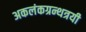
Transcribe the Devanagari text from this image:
अकलंकग्रन्थत्रयी